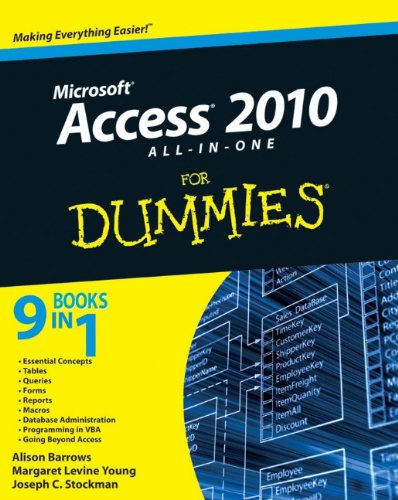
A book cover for Access 2010 All-in-One For Dummies; Alison Barrows; Computers & Technology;